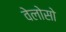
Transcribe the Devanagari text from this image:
वेलोसो